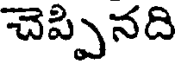
చెప్పినది